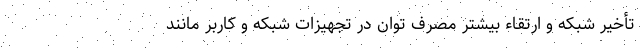
تأخیر شبکه و ارتقاء بیشتر مصرف توان در تجهیزات شبکه و کاربر مانند